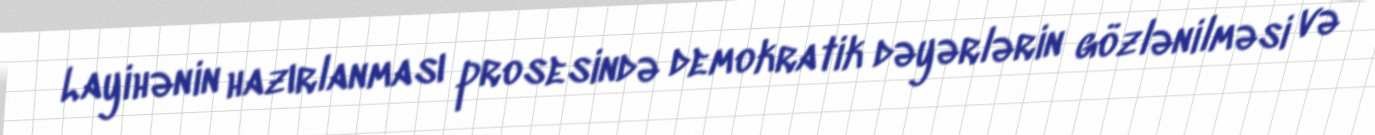
Layihənin hazırlanması prosesində demokratik dəyərlərin gözlənilməsi və